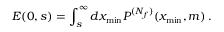
E ( 0 , s ) = \int _ { s } ^ { \infty } d x _ { \mathrm { m i n } } P ^ { ( N _ { f } ) } ( x _ { \mathrm { m i n } } , m ) \: .